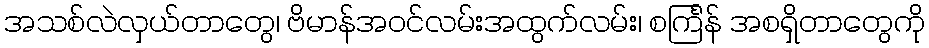
အသစ်လဲလှယ်တာတွေ၊ ဗိမာန်အဝင်လမ်းအထွက်လမ်း၊ စင်္ကြန် အစရှိတာတွေကို